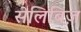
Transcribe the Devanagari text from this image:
सेलिबिज़